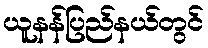
ယူနန်ပြည်နယ်တွင်